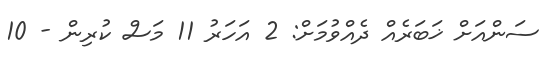
ސަންއަށް ޚަބަރެއް ދެއްވުމަށް: 2 އަހަރު 11 މަސް ކުރިން - 10